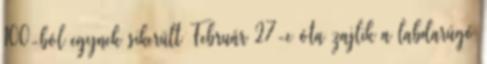
100-ból egynek sikerült Február 27-e óta zajlik a labdarúgó